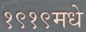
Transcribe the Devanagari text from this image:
१९१९मधे